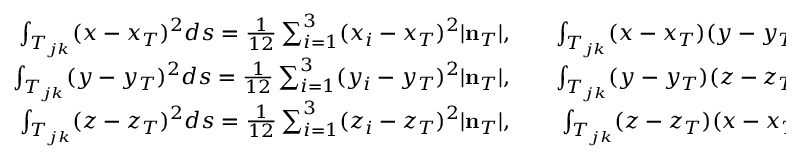
\begin{array} { r l r } { \int _ { T _ { j k } } ( x - x _ { T } ) ^ { 2 } d s = \frac { 1 } { 1 2 } \sum _ { i = 1 } ^ { 3 } ( x _ { i } - x _ { T } ) ^ { 2 } | { \bf n } _ { T } | , } & { { } } & { \int _ { T _ { j k } } ( x - x _ { T } ) ( y - y _ { T } ) d s = \frac { 1 } { 1 2 } \sum _ { i = 1 } ^ { 3 } ( x _ { i } - x _ { T } ) ( y _ { i } - y _ { T } ) | { \bf n } _ { T } | , } \\ { \int _ { T _ { j k } } ( y - y _ { T } ) ^ { 2 } d s = \frac { 1 } { 1 2 } \sum _ { i = 1 } ^ { 3 } ( y _ { i } - y _ { T } ) ^ { 2 } | { \bf n } _ { T } | , } & { { } } & { \int _ { T _ { j k } } ( y - y _ { T } ) ( z - z _ { T } ) d s = \frac { 1 } { 1 2 } \sum _ { i = 1 } ^ { 3 } ( y _ { i } - y _ { T } ) ( z _ { i } - z _ { T } ) | { \bf n } _ { T } | , } \\ { \int _ { T _ { j k } } ( z - z _ { T } ) ^ { 2 } d s = \frac { 1 } { 1 2 } \sum _ { i = 1 } ^ { 3 } ( z _ { i } - z _ { T } ) ^ { 2 } | { \bf n } _ { T } | , } & { { } } & { \int _ { T _ { j k } } ( z - z _ { T } ) ( x - x _ { T } ) d s = \frac { 1 } { 1 2 } \sum _ { i = 1 } ^ { 3 } ( z _ { i } - z _ { T } ) ( x _ { i } - x _ { T } ) | { \bf n } _ { T } | , } \end{array}